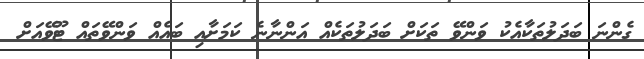
ގެންނަ ބަދަލުތަކާއެކު ވަންވޭ ތަކަށް ބަދަލުތަކެއް އަންނާނެ ކަމަށާއި ބައެއް ވަންވޭތައް ޓޫވޭއަށް